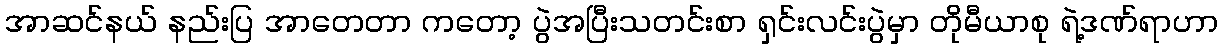
အာဆင်နယ် နည်းပြ အာတေတာ ကတော့ ပွဲအပြီးသတင်းစာ ရှင်းလင်းပွဲမှာ တိုမီယာစု ရဲ့ဒဏ်ရာဟာ